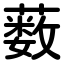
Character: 薮